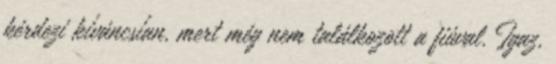
kérdezi kíváncsían, mert még nem találkozott a fiúval. Igaz,